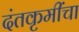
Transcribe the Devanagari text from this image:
दंतकृमींचा